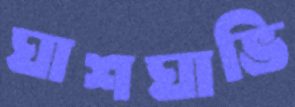
ঘাশঘাভি